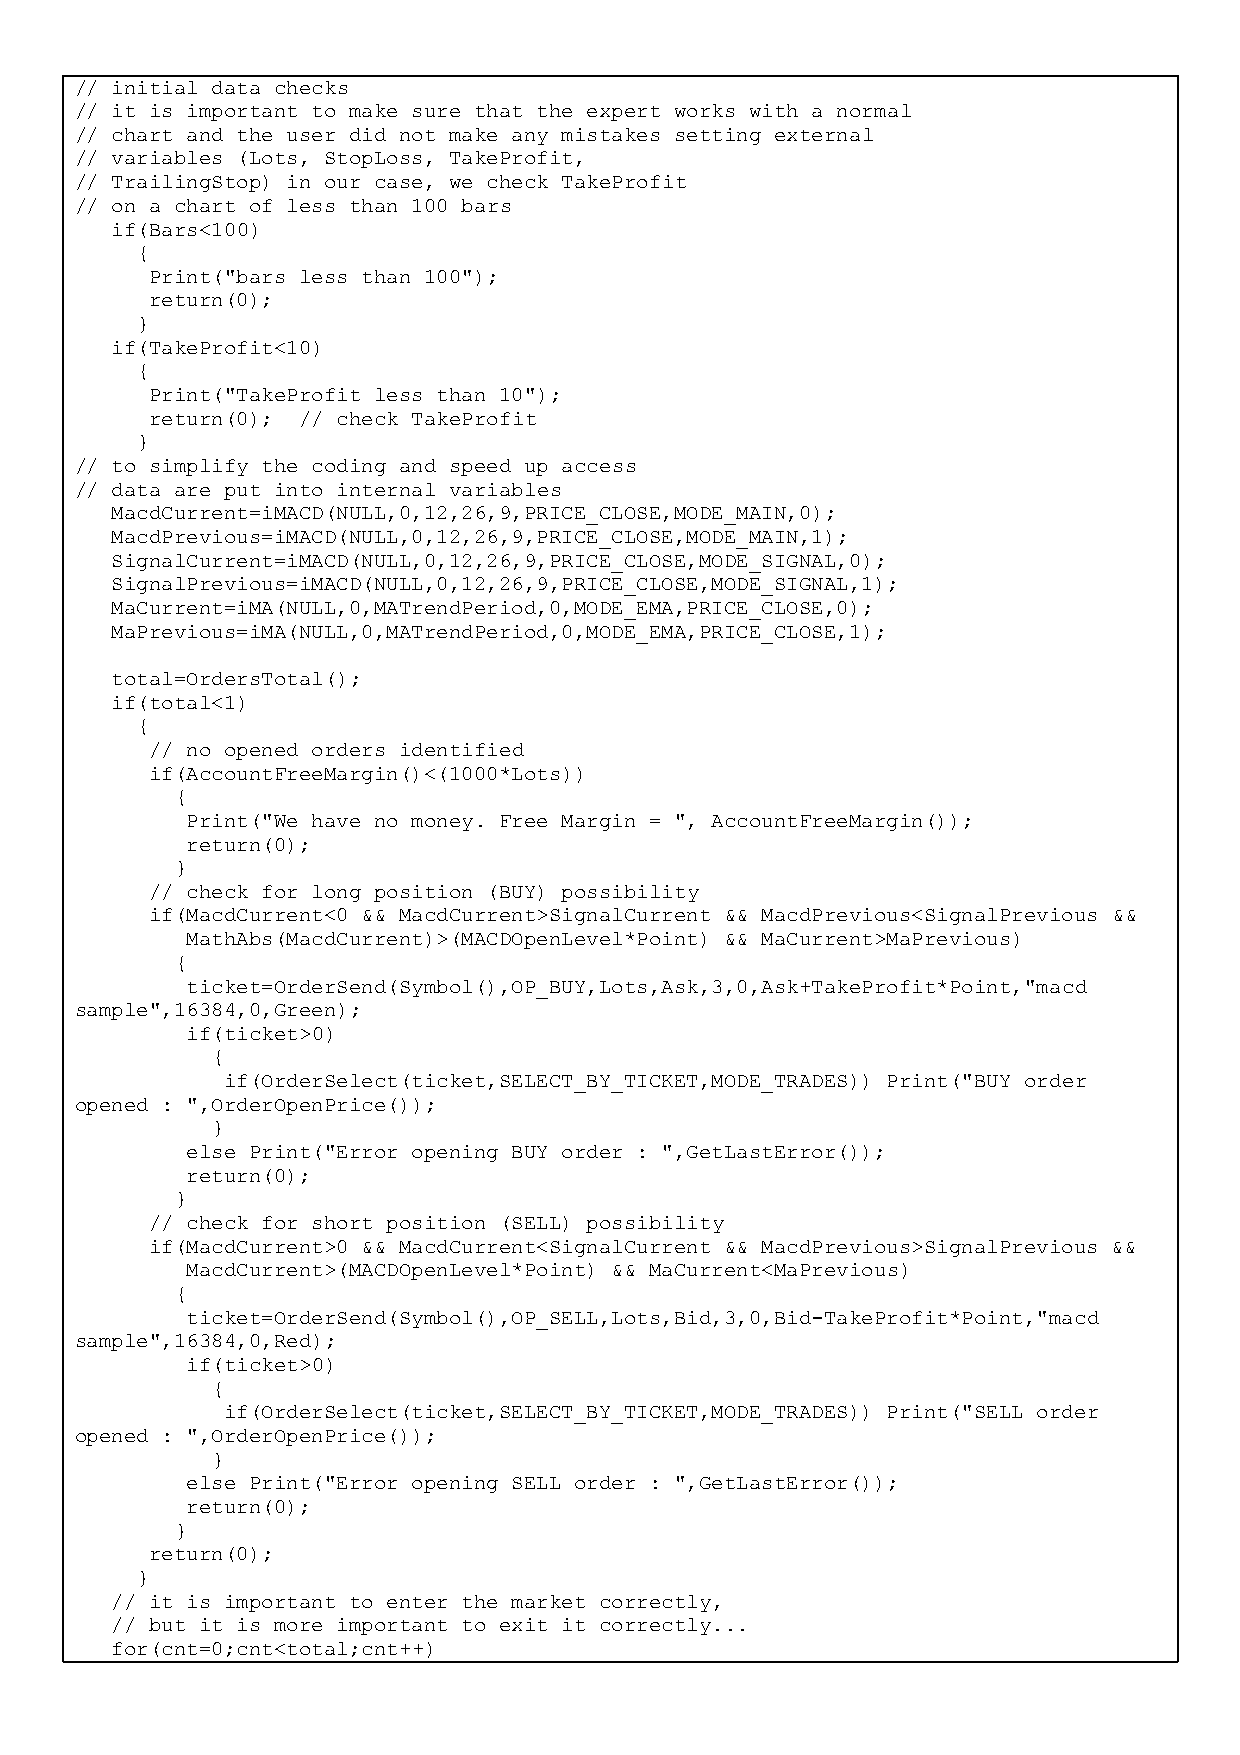
// initial data checks
 // it is important to make sure that the expert works with a normal
 // chart and the user did not make any mistakes setting external
 // variables (Lots, StopLoss, TakeProfit,
 // TrailingStop) in our case, we check TakeProfit
 // on a chart of less than 100 bars
 if(Bars<100)
 {
 Print("bars less than 100");
 return(0);
 }
 if(TakeProfit<10)
 {
 Print("TakeProfit less than 10");
 return(0); // check TakeProfit
 }
 // to simplify the coding and speed up access
 // data are put into internal variables
 MacdCurrent=iMACD(NULL,0,12,26,9,PRICE_CLOSE,MODE_MAIN,0);
 MacdPrevious=iMACD(NULL,0,12,26,9,PRICE_CLOSE,MODE_MAIN,1);
 SignalCurrent=iMACD(NULL,0,12,26,9,PRICE_CLOSE,MODE_SIGNAL,0);
 SignalPrevious=iMACD(NULL,0,12,26,9,PRICE_CLOSE,MODE_SIGNAL,1);
 MaCurrent=iMA(NULL,0,MATrendPeriod,0,MODE_EMA,PRICE_CLOSE,0);
 MaPrevious=iMA(NULL,0,MATrendPeriod,0,MODE_EMA,PRICE_CLOSE,1);
 total=OrdersTotal();
 if(total<1)
 {
 // no opened orders identified
 if(AccountFreeMargin()<(1000*Lots))
 {
 Print("We have no money. Free Margin = ", AccountFreeMargin());
 return(0);
 }
 // check for long position (BUY) possibility
 if(MacdCurrent<0 && MacdCurrent>SignalCurrent && MacdPrevious<SignalPrevious &&
 MathAbs(MacdCurrent)>(MACDOpenLevel*Point) && MaCurrent>MaPrevious)
 {
 ticket=OrderSend(Symbol(),OP_BUY,Lots,Ask,3,0,Ask+TakeProfit*Point,"macd
 sample",16384,0,Green);
 if(ticket>0)
 {
 if(OrderSelect(ticket,SELECT_BY_TICKET,MODE_TRADES)) Print("BUY order
 opened : ",OrderOpenPrice());
 }
 else Print("Error opening BUY order : ",GetLastError());
 return(0);
 }
 // check for short position (SELL) possibility
 if(MacdCurrent>0 && MacdCurrent<SignalCurrent && MacdPrevious>SignalPrevious &&
 MacdCurrent>(MACDOpenLevel*Point) && MaCurrent<MaPrevious)
 {
 ticket=OrderSend(Symbol(),OP_SELL,Lots,Bid,3,0,Bid-TakeProfit*Point,"macd
 sample",16384,0,Red);
 if(ticket>0)
 {
 if(OrderSelect(ticket,SELECT_BY_TICKET,MODE_TRADES)) Print("SELL order
 opened : ",OrderOpenPrice());
 }
 else Print("Error opening SELL order : ",GetLastError());
 return(0);
 }
 return(0);
 }
 // it is important to enter the market correctly,
 // but it is more important to exit it correctly...
 for(cnt=0;cnt<total;cnt++)